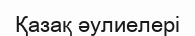
Қазақ әулиелері